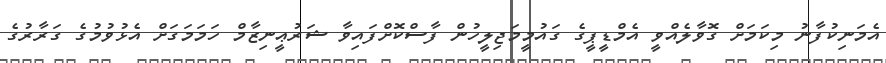
އެމަނިކުފާނު މިކަމަށް ގޮވާލެއްވީ އެމްޑީޕީގެ ގައުމީމަޖިލީހުން ފާސްކޮށްފައިވާ ޝަރުޢީނިޒާމް ހަމަމަގަށް އެޅުވުމުގެ ގަރާރުގެ